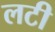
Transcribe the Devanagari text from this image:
लटी